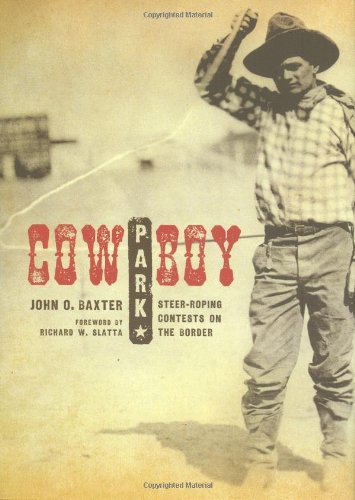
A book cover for Cowboy Park: Steer-Roping Contests on the Border (Grover E. Murray Studies in the American Southwest); John  O. Baxter; Sports & Outdoors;